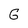
Character: G